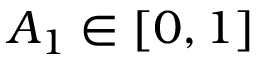
A _ { 1 } \in [ 0 , 1 ]